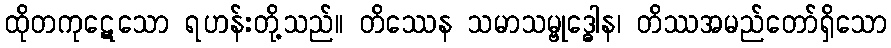
ထိုတကုဋေသော ရဟန်းတို့သည်။ တိဿေန သမာသမ္ဗုဒ္ဓေါန၊ တိဿအမည်တော်ရှိသော